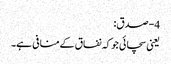
4- صدق:
یعنی سچائی جوکہ نفاق کےمنافی ہے۔